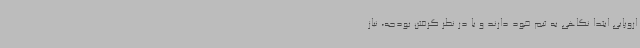
اروپایی ابتدا نگاهی به تیم خود دارند و با در نظر گرفتن بودجه، نیاز